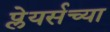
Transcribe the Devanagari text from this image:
प्लेयर्सच्या